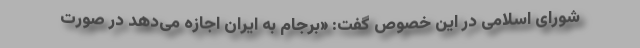
شورای اسلامی در این خصوص گفت: «برجام به ایران اجازه می‌دهد در صورت